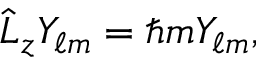
{ \hat { L } } _ { z } Y _ { \ell m } = \hbar m Y _ { \ell m } ,